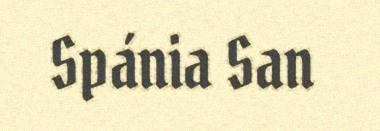
Spánia San